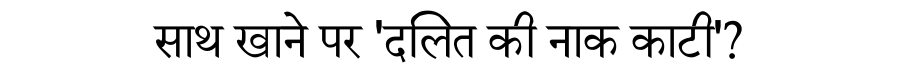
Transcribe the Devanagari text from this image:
साथ खाने पर 'दलित की नाक काटी'?